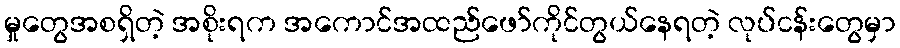
မှုတွေအစရှိတဲ့ အစိုးရက အကောင်အထည်ဖော်ကိုင်တွယ်နေရတဲ့ လုပ်ငန်းတွေမှာ